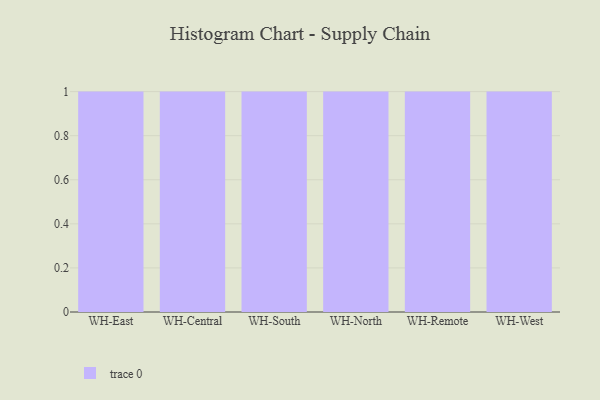
{"axis": {"x": "Warehouse", "y": "Population (Million)"}, "legend": [""], "data": [{"x": "WH-East", "y": 18, "type": ""}, {"x": "WH-Central", "y": 65, "type": ""}, {"x": "WH-South", "y": 2, "type": ""}, {"x": "WH-North", "y": 15, "type": ""}, {"x": "WH-Remote", "y": 63, "type": ""}, {"x": "WH-West", "y": 53, "type": ""}]}